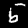
Label: 5